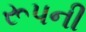
રૂપની